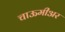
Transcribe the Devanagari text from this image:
चाऊमीअर